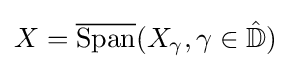
X={\overline {\operatorname {Span} }}(X_{\gamma },\gamma \in {\hat {\mathbb {D} }})